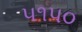
૫૧૫૦